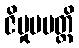
ဇိမှုပပတ္တိ